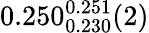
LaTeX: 0.250_{0.230}^{0.251}(2)